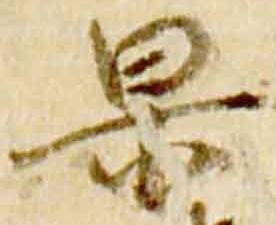
杲